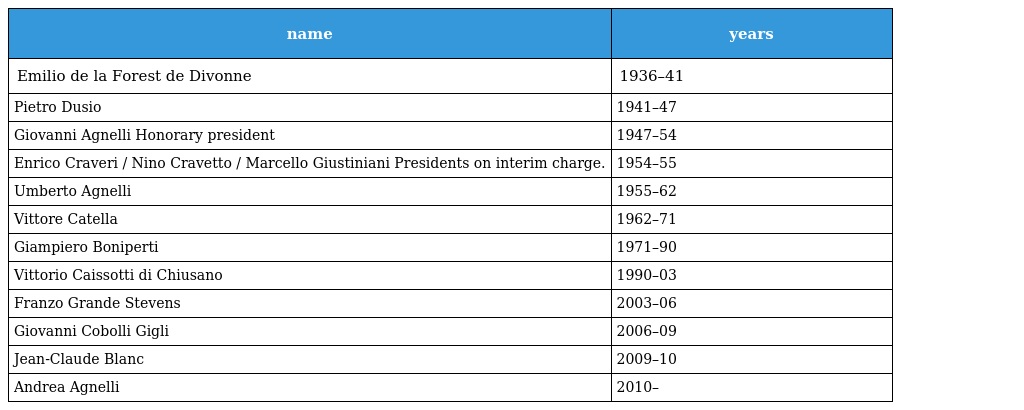
| name | years |
 | --- | --- |
 | Emilio de la Forest de Divonne | 1936–41 |
 | Pietro Dusio | 1941–47 |
 | Giovanni Agnelli Honorary president | 1947–54 |
 | Enrico Craveri / Nino Cravetto / Marcello Giustiniani Presidents on interim charge. | 1954–55 |
 | Umberto Agnelli | 1955–62 |
 | Vittore Catella | 1962–71 |
 | Giampiero Boniperti | 1971–90 |
 | Vittorio Caissotti di Chiusano | 1990–03 |
 | Franzo Grande Stevens | 2003–06 |
 | Giovanni Cobolli Gigli | 2006–09 |
 | Jean-Claude Blanc | 2009–10 |
 | Andrea Agnelli | 2010– |